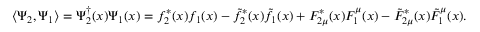
\langle \Psi _ { 2 } , \Psi _ { 1 } \rangle = \Psi _ { 2 } ^ { \dagger } ( x ) \Psi _ { 1 } ( x ) = f _ { 2 } ^ { * } ( x ) f _ { 1 } ( x ) - \tilde { f } _ { 2 } ^ { * } ( x ) \tilde { f } _ { 1 } ( x ) + { \cal F } _ { 2 \mu } ^ { * } ( x ) { \cal F } _ { 1 } ^ { \mu } ( x ) - \tilde { \cal F } _ { 2 \mu } ^ { * } ( x ) \tilde { \cal F } _ { 1 } ^ { \mu } ( x ) .